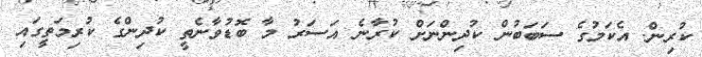
ކުރިން. އެކަމުގެ ސަބަބުން ކުދިންނަށް ކުރާނެ އަސަރު މާ ބޮޑުވާނެތީ ކުދިންގެ ކުރިމަތީގައި